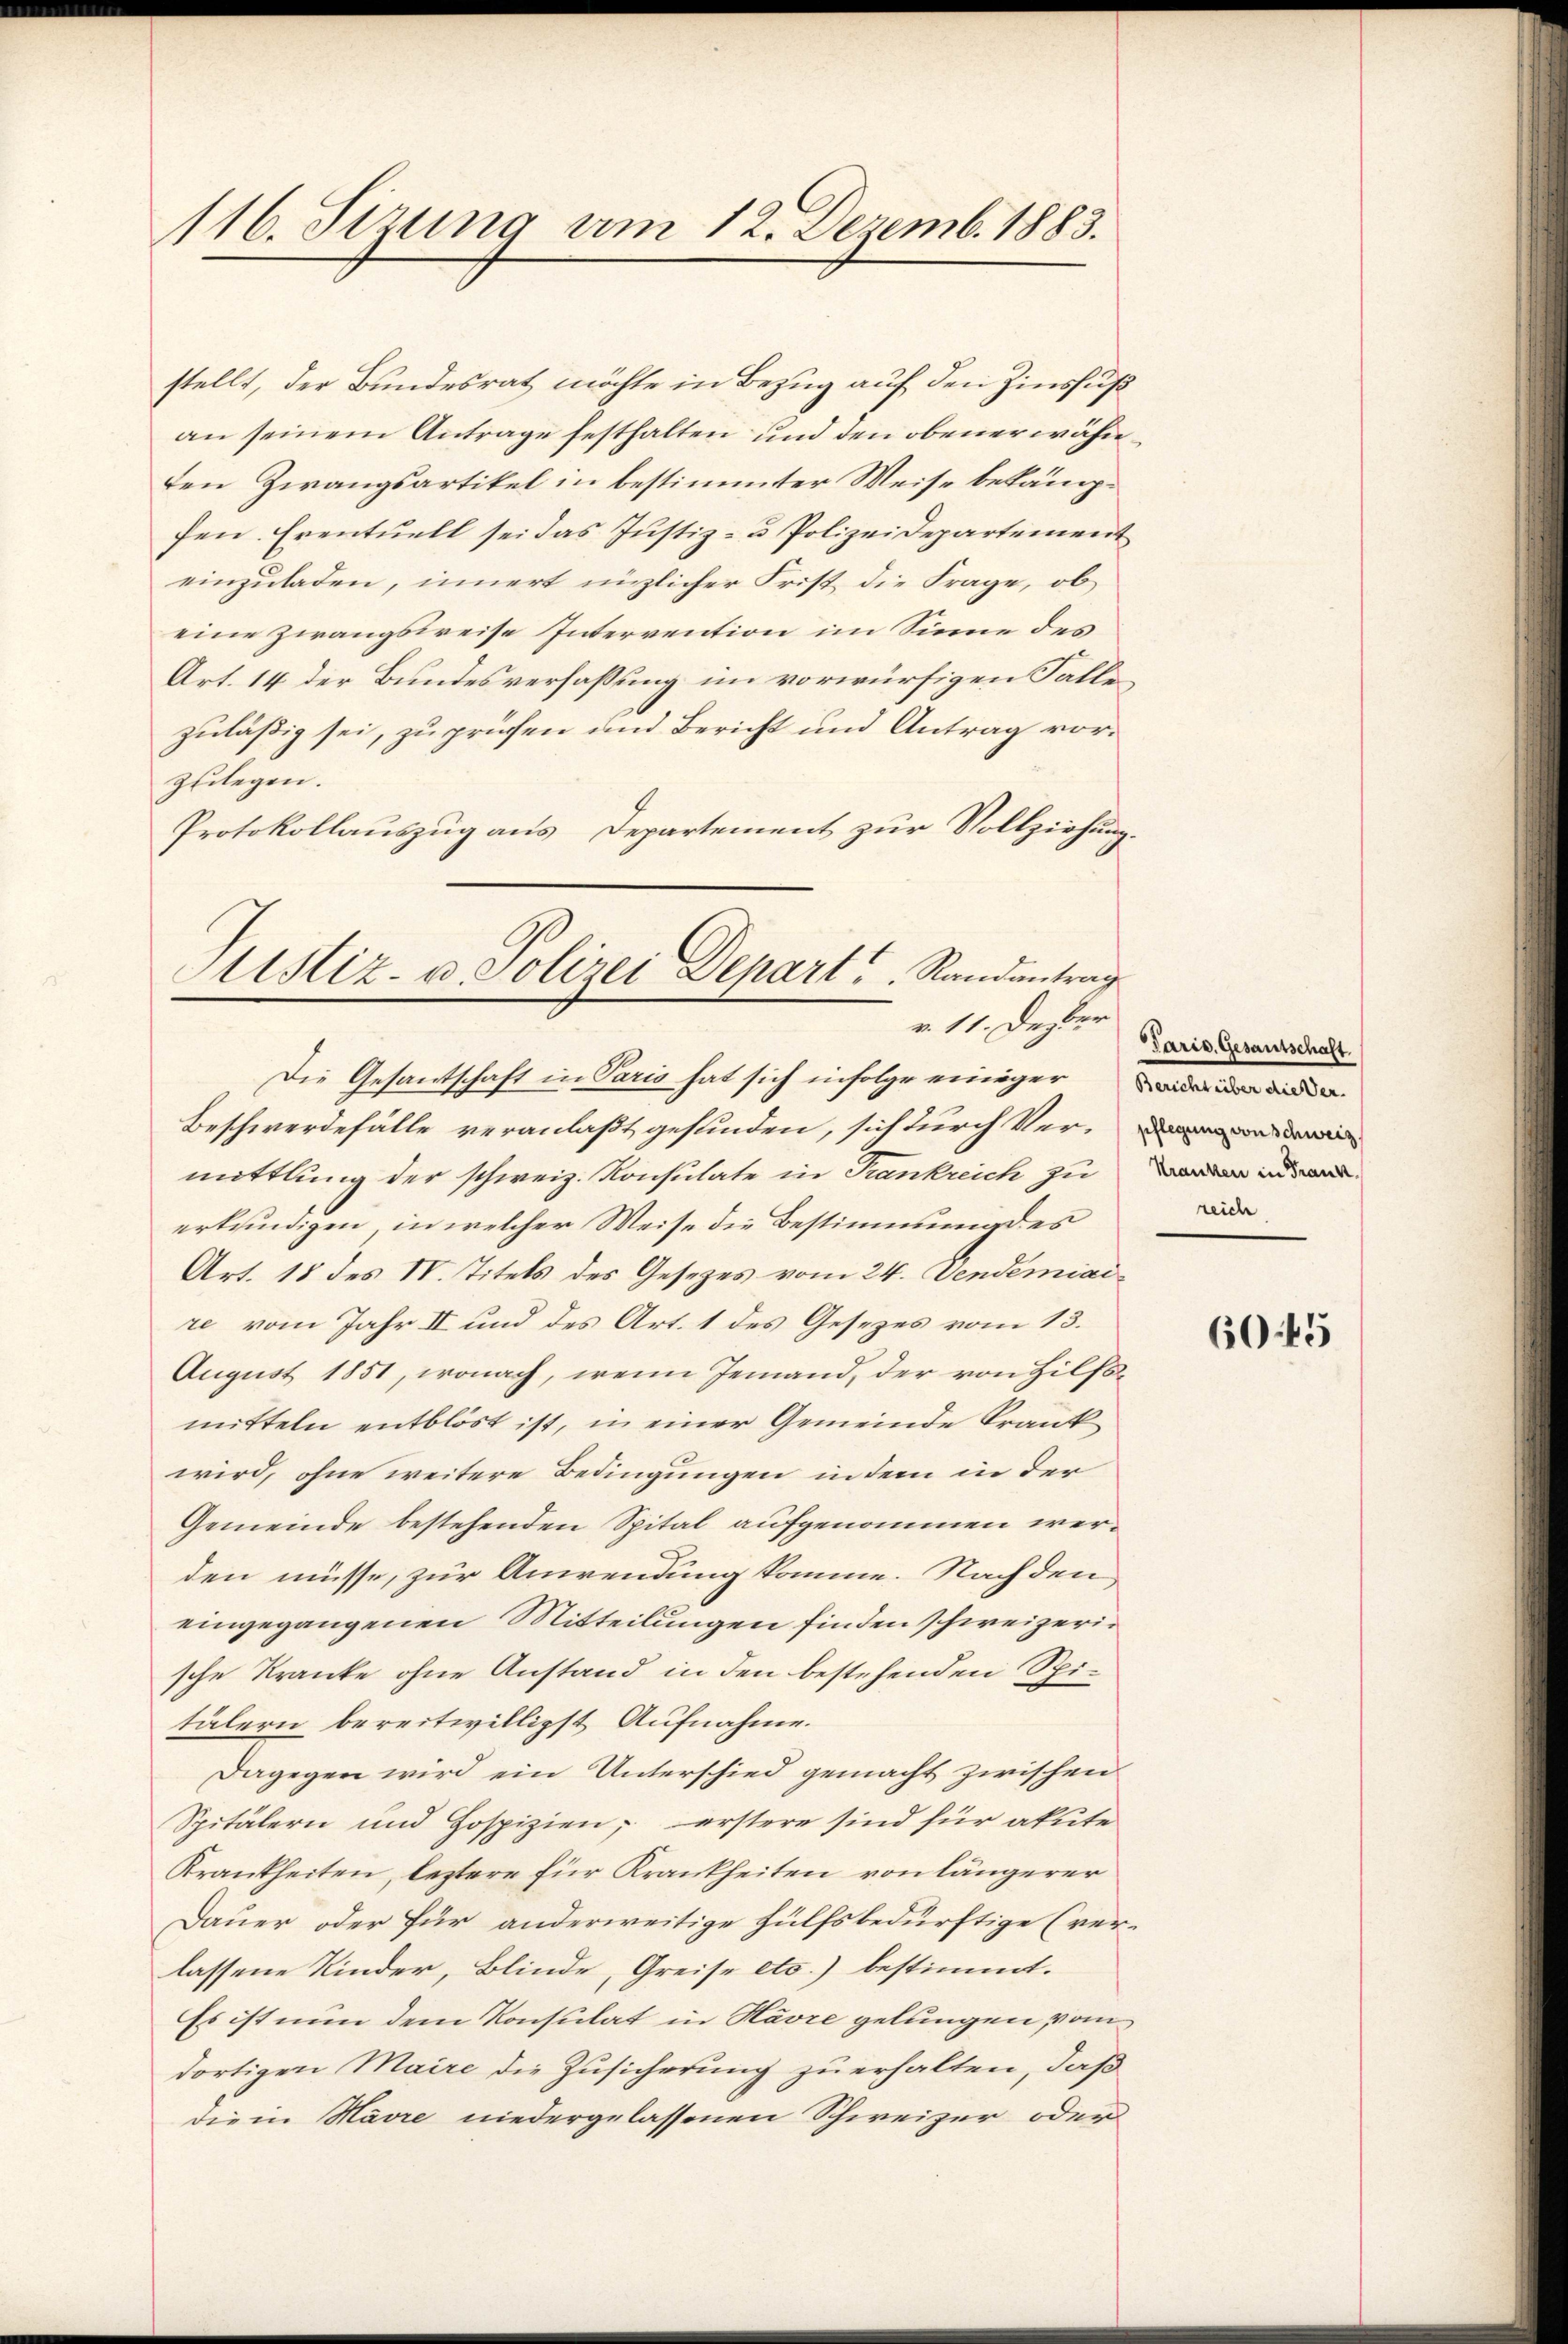
116. Sizung am 12. Dezemb. 1883.

stellt, der Bundesrath möchte in Bezug auf den Zinsfuß
an seinem Antrage festhalten und den obenerwähnden Zwangsartikel in bestimmter Weise bekämpfen. Eventuell sei das Justiz- u Polizeidepartement
einzuladen, innert nüzlicher Frist die Frage, ob
eine Zwangsweise Intervention im Sinne des
Art. 14 der Bundesverfaßung im vorwürfigen Falle
zuläßig sei, zu prüfen und Bericht und Antrag vorzulegen.
Protokollauszug aus Departement zur Vollziehung.

Beschwerdefälle veranlaßt gefunden, sich durch Ver-
mittlung der schweiz. Konsulate in Frankreich zu in
erkundigen, in welcher Weise die Bestimmung des
Art. 18 des IV. Titels des Gesetzes vom 24. Vendemiai
re vom Jahr II und des Art. 1 des Gesezes vom 13.
August 1851, wonach, wenn Jemand, der von Hilfsmitteln entblöst ist, in einer Gemeinde Krank
wird, ohne weitere Bedingungen in dem in der
Gemeinde bestehenden Spital aufgenommen werden müsse, zur Anwendung komme. Nach den
eingegangenen Mitteilungen finden schweizerische Kranke ohne Anstand in den bestehenden Spitälern bereitwilligst Aufnahme.
Dagegen wird ein Unterschied gemacht zwischen
Spitälern und Hospizien, erstere sind für akute
Krankheiten, leztere für Krankheiten von längerer
Dauer oder für anderweitige Hülfsbedürftige (verlassene Kinder, Blinde, Greise etc.) bestimmt.
Es ist nun dem Konsulat in Havre gelungen vom
dortigen Maire die Zusicherung zu erhalten, daß
die in Madre niedergelassenen Schweizer oder

Sistiz- u Polizei Depart. Randantrag
v. 11. Dezber
Die Gesantschaft in Paris hat sich infolge einiger de

Paris. Gesantschaft.
reich

6045